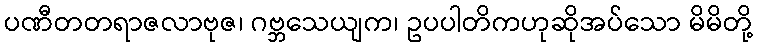
ပဏီတတရာဇလာဗုဇ၊ ဂဗ္ဘသေယျက၊ ဥပပါတိကဟုဆိုအပ်သော မိမိတို့